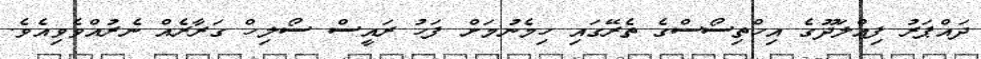
ދައްޕަރު ފިއްލަދޫގެ އިހްތިސޯސްގެ ތެރޭގައި ހިމެނުމަށް ފަހު ރައީސް ސޯލިހް ގަރާރެއް ނެރުއްވެވިއެވެ.